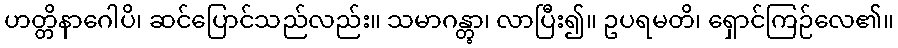
ဟတ္တိနာဂေါပိ၊ ဆင်ပြောင်သည်လည်း။ သမာဂန္တွာ၊ လာပြီး၍။ ဥပရမတိ၊ ရှောင်ကြဉ်လေ၏။